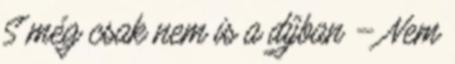
S még csak nem is a díjban – Nem